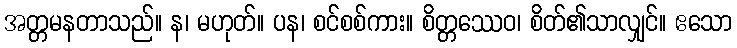
အတ္တမနတာသည်။ န၊ မဟုတ်။ ပန၊ စင်စစ်ကား။ စိတ္တဿေဝ၊ စိတ်၏သာလျှင်။ ဧသော